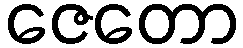
ဇေတော